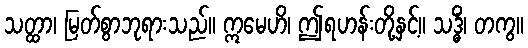
သတ္ထာ၊ မြတ်စွာဘုရားသည်။ ဣမေဟိ၊ ဤရဟန်းတို့နှင့်။ သဒ္ဓိံ၊ တကွ။